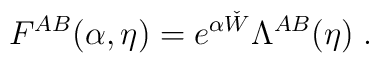
F^{AB}(\alpha,\eta)=e^{\alpha\check{W}}\Lambda^{AB}(\eta)\;.